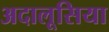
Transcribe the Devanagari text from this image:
अदालूसिया